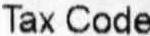
TAX CODE